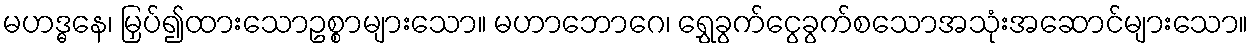
မဟဒ္ဓနေ၊ မြှပ်၍ထားသောဥစ္စာများသော။ မဟာဘောဂေ၊ ရွှေခွက်ငွေခွက်စသောအသုံးအဆောင်များသော။